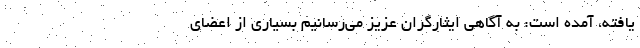
یافته، آمده است: به آگاهی ایثارگران عزیز می‌رسانیم بسیاری از اعضای